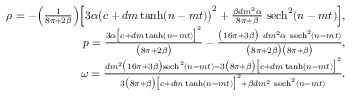
\begin{array} { r l r } & { } & { \rho = - \Big ( \frac { 1 } { 8 \pi + 2 \beta } \Big ) \Big [ 3 \alpha \big ( c + d m \operatorname { t a n h } ( n - m t ) \big ) ^ { 2 } + \frac { \beta d m ^ { 2 } \alpha } { 8 \pi + \beta } ~ \mathrm { s e c h } ^ { 2 } ( n - m t ) \Big ] , } \\ & { } & { p = \frac { 3 \alpha \big [ c + d m \operatorname { t a n h } ( n - m t ) \big ] ^ { 2 } } { \big ( 8 \pi + 2 \beta \big ) } - \frac { \big ( 1 6 \pi + 3 \beta \big ) ~ d m ^ { 2 } \alpha ~ \mathrm { s e c h } ^ { 2 } ( n - m t ) } { \big ( 8 \pi + 2 \beta \big ) \big ( 8 \pi + \beta \big ) } , } \\ & { } & { \omega = \frac { d m ^ { 2 } \big ( 1 6 \pi + 3 \beta \big ) \mathrm { s e c h } ^ { 2 } ( n - m t ) - 3 \big ( 8 \pi + \beta \big ) \big [ c + d m \operatorname { t a n h } ( n - m t ) \big ] ^ { 2 } } { 3 \big ( 8 \pi + \beta \big ) \big [ c + d m \operatorname { t a n h } ( n - m t ) \big ] ^ { 2 } + \beta d m ^ { 2 } ~ \mathrm { s e c h } ^ { 2 } ( n - m t ) } . } \end{array}